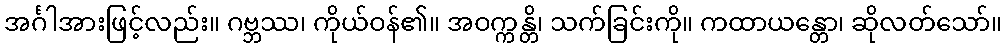
အင်္ဂါအားဖြင့်လည်း။ ဂဗ္ဘဿ၊ ကိုယ်ဝန်၏။ အဝက္ကန္တိ၊ သက်ခြင်းကို။ ကထာယန္တော၊ ဆိုလတ်သော်။